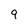
Character: 9